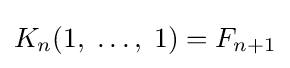
K_{n}(1,\;\ldots ,\;1)=F_{n+1}